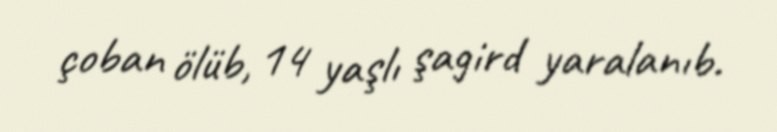
çoban ölüb, 14 yaşlı şagird yaralanıb.